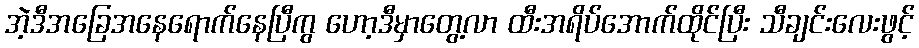
အဲ့ဒီအခြေအနေရောက်နေပြီကွ ဟော့ဒီမှာတွေ့လာ ထီးအရိပ်အောက်ထိုင်ပြီး သီချင်းလေးဖွင့်